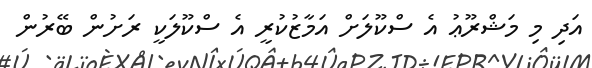
އަދި މި މަޝްރޫޢު އެ ސްކޫލަށް އަމާޒުކުރީ އެ ސްކޫލަކީ ރަށުން ބޭރުން